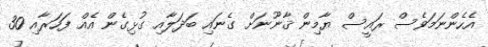
އެހެންނަމަވެސް ރައީސް ޔާމިން ޤާނޫނަށް ގެނައި ބަދަލާއި ގުޅިގެން އެއް ފަހަރާއި 30